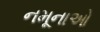
નમૂનાઓ